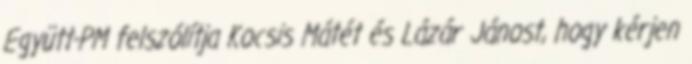
Együtt-PM felszólítja Kocsis Mátét és Lázár Jánost, hogy kérjen